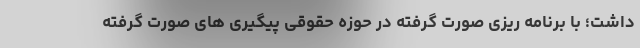
داشت؛ با برنامه ریزی صورت گرفته در حوزه حقوقی پیگیری های صورت گرفته